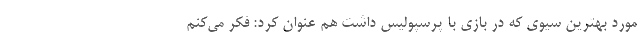
مورد بهترین سیوی که در بازی با پرسپولیس داشت هم عنوان کرد: فکر می‌کنم